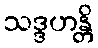
သဒ္ဒဟန္တိ